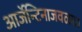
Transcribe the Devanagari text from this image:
आर्जेन्टिनाजवळचा